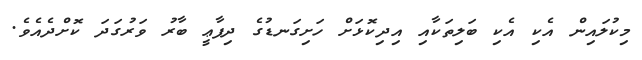
މިކުލައިން އެކި އެކި ބަލިތަކާއި އިދިކޮޅަށް ހަށިގަނޑުގެ ދިފާޢީ ބާރު ވަރުގަދަ ކޮށްދެއެވެ.